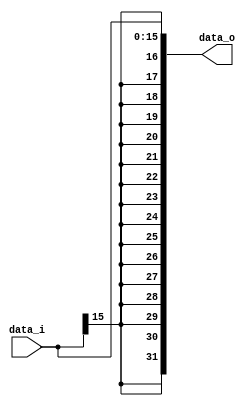
module Sign_Extend( data_i, data_o );

//I/O ports
input	[16-1:0] data_i;
output	[32-1:0] data_o;

//Internal Signals
wire	[32-1:0] data_o;

//Sign extended


assign data_o[16-1:0] = data_i;
genvar i;
  generate
      for(i=16;i<32;i=i+1)
      begin
	assign data_o[i]=data_i[15];
      end
  endgenerate

endmodule